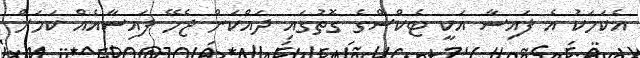
އެކަމަކު އެ ފައިސާ އަކީ ޓެކްސްގެ ގޮތުގައި ދައްކަން ޖެހޭ ފައިސާއެއް ކަމަށް